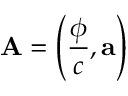
\mathbf { A } = \left( { \frac { \phi } { c } } , \mathbf { a } \right)